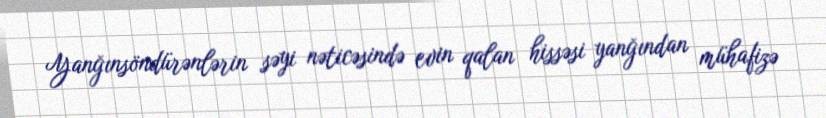
Yanğınsöndürənlərin səyi nəticəsində evin qalan hissəsi yanğından mühafizə